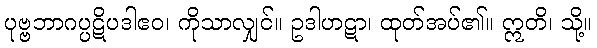
ပုဗ္ဗဘာဂပ္ပဋိပဒါဧဝ၊ ကိုသာလျှင်။ ဥဒါဟဋာ၊ ထုတ်အပ်၏။ ဣတိ၊ သို့။